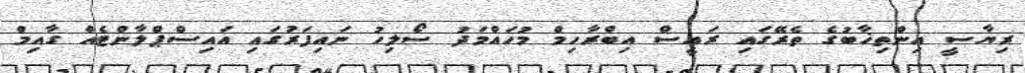
ރިޔާސީ އިންތިޚާބުގެ ތެރޭގައި ރައީސް އިބްރާހިމް މުހައްމަދު ސޯލިހު ނައިފަރުގައި އައިސްޕްލާންޓެއް ގާއިމް